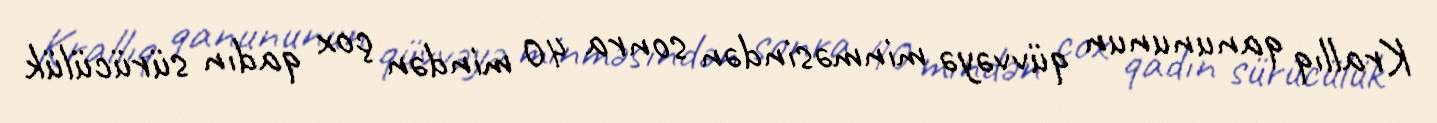
Krallıq qanununun qüvvəyə minməsindən sonra 40 mindən çox qadın sürücülük